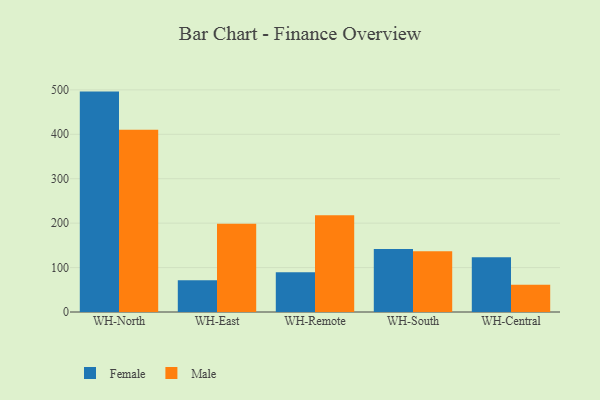
{"axis": {"x": "Warehouse", "y": "Backlog"}, "legend": ["Female", "Male"], "data": [{"x": "WH-North", "y": 496.1, "type": "Female"}, {"x": "WH-North", "y": 410.3, "type": "Male"}, {"x": "WH-East", "y": 71.5, "type": "Female"}, {"x": "WH-East", "y": 198.8, "type": "Male"}, {"x": "WH-Remote", "y": 89.4, "type": "Female"}, {"x": "WH-Remote", "y": 217.5, "type": "Male"}, {"x": "WH-South", "y": 141.7, "type": "Female"}, {"x": "WH-South", "y": 136.7, "type": "Male"}, {"x": "WH-Central", "y": 123.4, "type": "Female"}, {"x": "WH-Central", "y": 61.6, "type": "Male"}]}